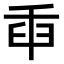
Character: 𦥛